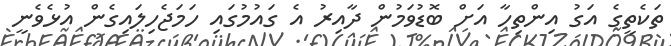
ތަކެތީގެ އަގު އިންތިހާ އަށް ބޮޑުވަމުން ދާއިރު އެ ގައުމުގައި ހަމަޖެހިލައިގެން އުޅެވެނީ